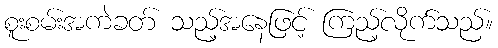
စူးစမ်းအကဲခတ် သည့်အနေဖြင့် ကြည့်လိုက်သည်။